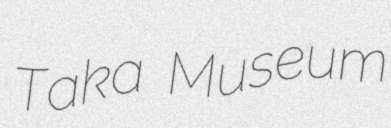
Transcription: Taka Museum